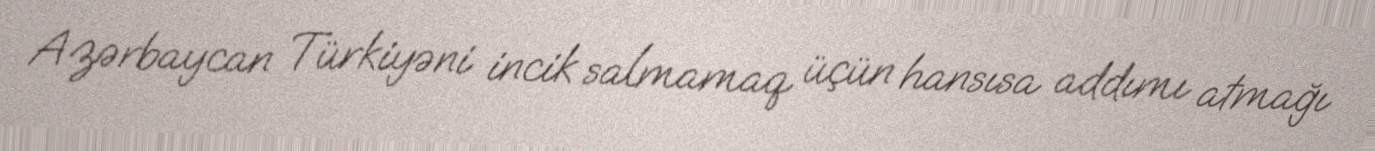
Azərbaycan Türkiyəni incik salmamaq üçün hansısa addımı atmağı